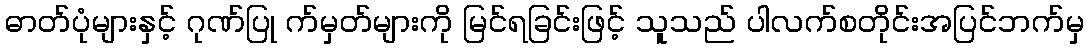
ဓာတ်ပုံများနှင့် ဂုဏ်ပြု က်မှတ်များကို မြင်ရခြင်းဖြင့် သူသည် ပါလက်စတိုင်းအပြင်ဘက်မှ